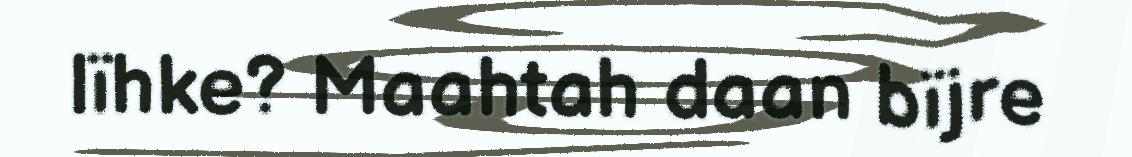
lïhke? Maahtah daan bïjre